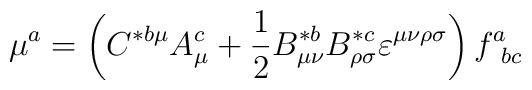
\mu ^a=\left( C^{*b\mu }A_\mu ^c+\frac 12B_{\mu \nu }^{*b}B_{\rho \sigma}^{*c}\varepsilon ^{\mu \nu \rho \sigma }\right) f_{\ bc}^a